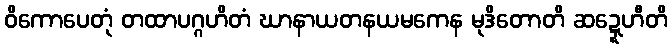
ဝိကောပေတုံ တထာပဂ္ဂဟိတံ ဃာနာယတနယမကေန မုဒိတောတိ ဆဍ္ဍေဟီတိ